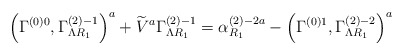
\begin{align*}\left( \Gamma _{}^{\left( 0\right) 0},\Gamma _{\Lambda R_1}^{\left(2\right) -1}\right) ^a+\widetilde{V}^a\Gamma _{\Lambda R_1}^{\left( 2\right)-1}=\alpha _{R_1}^{\left( 2\right) -2a}-\left( \Gamma _{}^{\left( 0\right)1},\Gamma _{\Lambda R_1}^{\left( 2\right) -2}\right) ^a\end{align*}